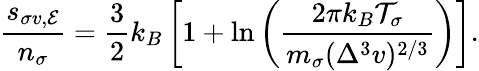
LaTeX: \frac{s_{\sigma v,{\cal E}}}{n_{\sigma}}=\frac{3}{2}k_{B}\left[1+\ln\left(\frac{2\pi k_{B}{\cal T}_{\sigma}}{m_{\sigma}(\Delta^{3}v)^{2/3}}\right)\right].